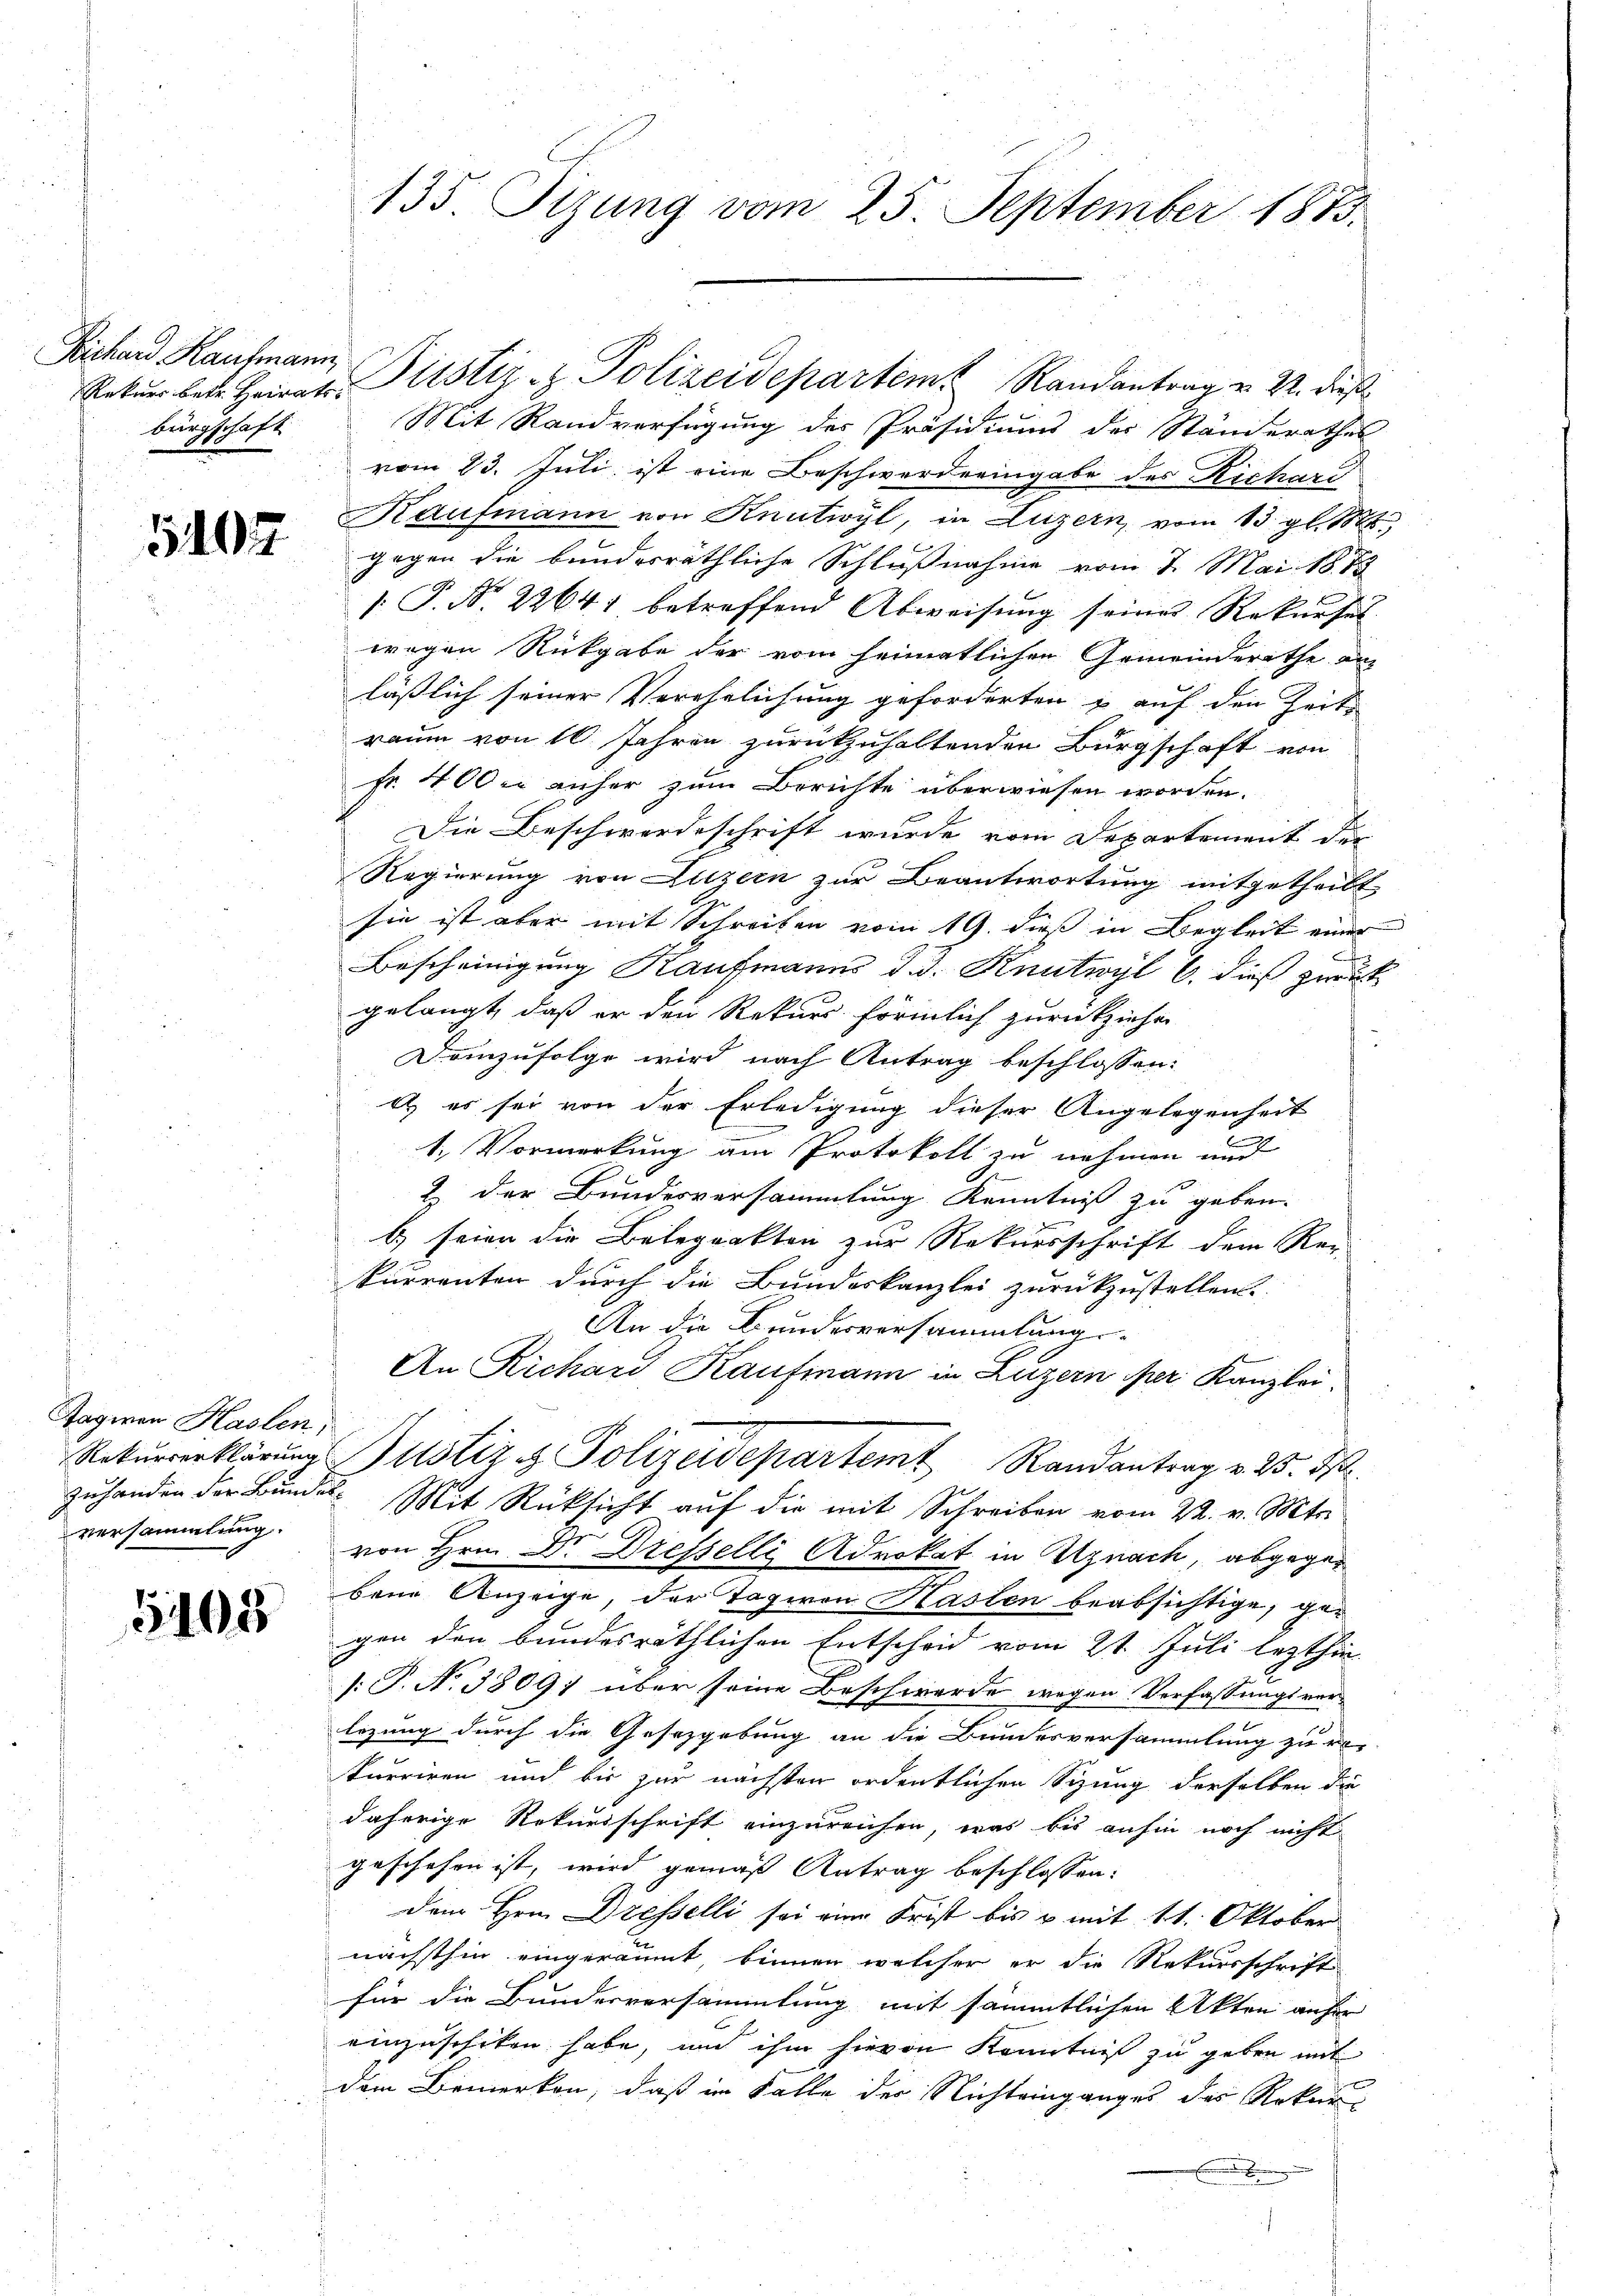
Sichard Kaufmann
bürgschaft

5407

5108

Tagiren Haslen,
versammlung.

135 Tizung vom 25. September 1873.

Mit Randverfügung der Präsidiums der Ständerathes
vom 23. Juli ist eine Beschwerderingabe des Richar
Kaufmann von Knutwyl, in Luzern, vom 13. gl. 1888
gegen die bundesräthliche Schlußnahme vom 7. Mai 1879
[. P. Nr. 22641 betreffend Abweisung seiner Rekurset
wegen Rückgabe der vom heimatlichen Gemeinderathe am
läßlich seiner Verehelichung geforderten & auf den Zeit
raum von 10 Jahren zurückzuhaltenden Bürgschaft von
fr. 400 anher zum Berichte überwiesen worden.
Die Beschwerdeschrift wurde vom Departement die
Regierung von Luzern zur Beantwortung mitgetheilt
sie ist aber mit Schreiben vom 19. dieß in Begleit einer
Bescheinigung Kaufmanns d. d. Knutwyl 6. dieß zwit
gelangt, daß er den Rekurs förmlich zurückziehen
Demzufolge wird nach Antrag beschlossen:
t es sei von der Erledigung dieser Angelegenheit
1. Vormerkung am Protokoll zu nehmen und
2 der Bundesversammlung Kenntniß zu geben.
b) seien die Belegrakten zur Rekursschrift dem Rei-
kurrenten durch die Bundeskanzlei zurückzustellen.
An die Bundesversammlung
An Richard Kaufmann in Luzern der Kanzlei
Rekŭrrerklärung Justiz & Polizeidepartemt Randantrag v. 25. ds.
zuhanden der Bŭndes. Mit Rücksicht aŭf die mit Schreiben vom 22. v. Mts.
von Hrn. Dr. Dresselli Advokat in Uznach, abgegebene Anzeige, der Tagiren Haslen beabsichtige, gegen den bundesräthlichen Entscheid vom 21. Juli lezthin
[: P. No 3809; über seine Beschwerde wegen Verfassungsver-
lezung durch die Gesezgebung an die Bundesversammlung zu re-
kurriren und bis zur nächsten ordentlichen Sizung derselben die
daherige Rekursschrift einzureichen, was bis anhin noch nicht
geschehen ist, wird gemäß Antrag beschlossen:
dem Hrn. Dresselli sei eine Frist bis & mit 11. Oktober
nächsthin eingeräumt, binnen welcher er die Rekursschrift
für die Bundesversammlung mit sämmtlichen Akten anfer
einzuschiken habe, und ihm hievon Kenntniß zu geben mit
dem Bemerken, daß im Falle der Nichteinganges des Rekur¬
.

Rekŭrr betr. Heirat Pitstiz- & Polizeidepartem Randantrag u. 22. dieß